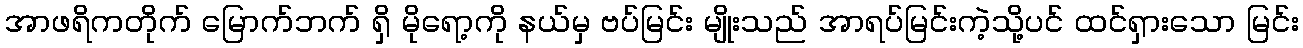
အာဖရိကတိုက် မြောက်ဘက် ရှိ မိုရော့ကို နယ်မှ ဗပ်မြင်း မျိုးသည် အာရပ်မြင်းကဲ့သို့ပင် ထင်ရှားသော မြင်း